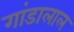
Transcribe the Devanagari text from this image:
गांडालाल